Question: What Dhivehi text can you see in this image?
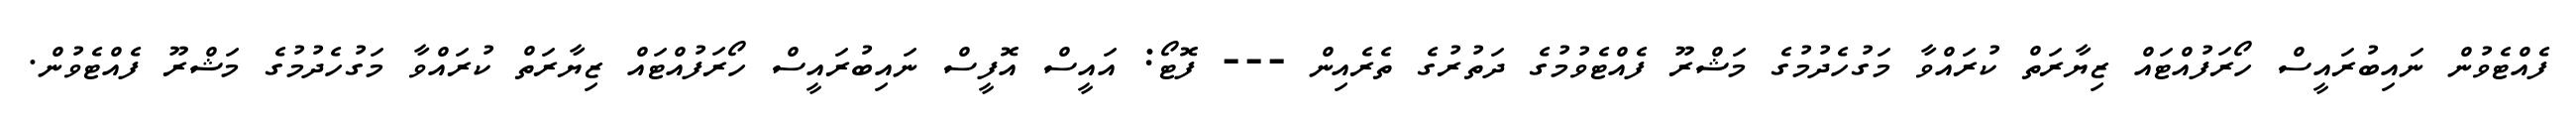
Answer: ފެއްޓެވުން ނައިބުރައީސް ހޯރަފުއްޓައް ޒިޔާރަތް ކުރައްވާ މަގުހެދުމުގެ މަޝްރޫ ފެއްޓެވުމުގެ ދަތުރުގެ ތެރެއިން --- ފޮޓޯ: އައީސް އޮފީސް ނައިބުރައީސް ހޯރަފުއްޓައް ޒިޔާރަތް ކުރައްވާ މަގުހެދުމުގެ މަޝްރޫ ފެއްޓެވުން.